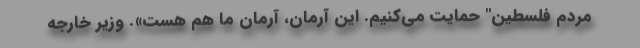
مردم فلسطین" حمایت می‌کنیم. این آرمان، آرمان ما هم هست». وزیر خارجه